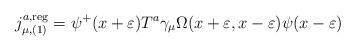
LaTeX: \begin{align*}j_{\mu ,(1)}^{a,{\rm reg}}=\psi ^{+}(x+\varepsilon )T^a\gamma _\mu \Omega(x+\varepsilon ,x-\varepsilon )\psi (x-\varepsilon ) \end{align*}